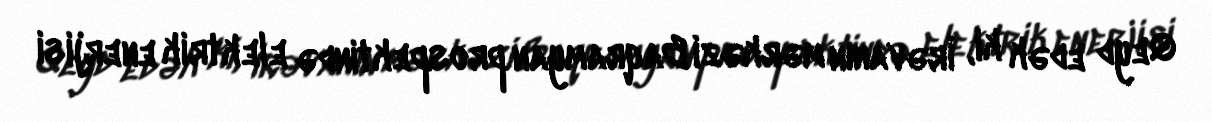
Qeyd edək ki, İrəvanın mərkəzi Baqramyan prospektində elektrik enerjisi